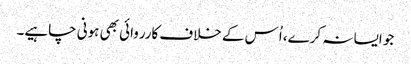
جو ایسا نہ کرے، اُس کے خلاف کارروائی بھی ہونی چاہیے۔